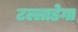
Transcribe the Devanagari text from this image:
टल्लाडेगा